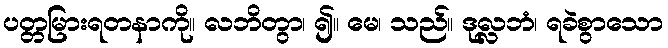
ပတ္တမြားရတနာကို။ လဘိတွာ၊ ၍။ မေ၊ သည်။ ဒုလ္လဘံ၊ ရခဲစွာသော